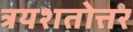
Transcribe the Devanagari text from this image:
त्रयशतोत्तर